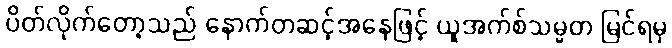
ပိတ်လိုက်တော့သည် နောက်တဆင့်အနေဖြင့် ယူအက်စ်သမ္မတ မြင်ရမှ